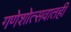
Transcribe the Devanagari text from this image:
गणेशोत्सवातही